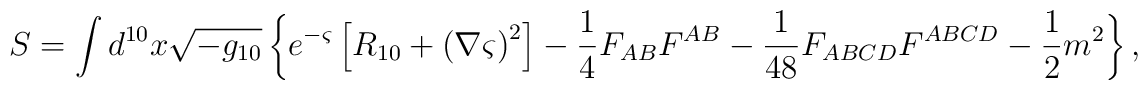
S=\int d^{10} x \sqrt{-g_{10}} \left\{ e^{-\varsigma} \left[ R_{10} +\left( \nabla \varsigma \right)^2 \right] -\frac{1}{4} F_{AB}F^{AB}  - \frac{1}{48} F_{ABCD}F^{ABCD} -\frac{1}{2} m^2 \right\}  ,